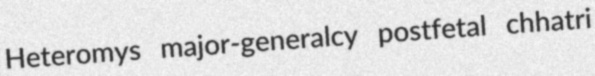
Heteromys major-generalcy postfetal chhatri